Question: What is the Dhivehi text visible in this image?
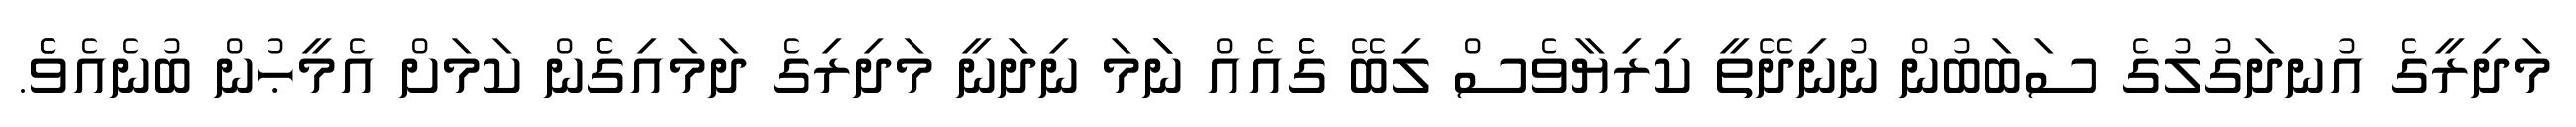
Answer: މަދިރީގެ އުނދަގުލުގެ ސަބަބުން ނުނިދޭތީ ކިރިޔާވެސް ލިބޭ ގެެއެއް ނަަމަ ނިދަނީ މަދިރިގެ ދަމައިގެެން ކަމަށް އެމީޙުން ބުނެއެވެެ.